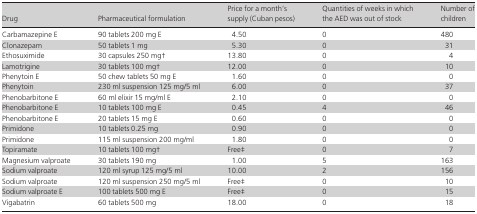
| Drug | Pharmaceutical formulation | Price for a month's supply (Cuban pesos) | Quantities of weeks in which the AED was out of stock | Number of children |
 | --- | --- | --- | --- | --- |
 | Carbamazepine E | 90 tablets 200 mg E | 4.50 | 0 | 480 |
 | Clonazepam | 50 tablets 1 mg | 5.30 | 0 | 31 |
 | Ethosuximide | 30 capsules 250 mg† | 13.80 | 0 | 4 |
 | Lamotrigine | 30 tablets 100 mg† | 12.00 | 0 | 10 |
 | Phenytoin E | 50 chew tablets 50 mg E | 1.60 | 0 | 0 |
 | Phenytoin | 230 ml suspension 125 mg/5 ml | 6.00 | 0 | 37 |
 | Phenobarbitone E | 60 ml elixir 15 mg/ml E | 2.10 | 0 | 0 |
 | Phenobarbitone E | 10 tablets 100 mg E | 0.45 | 4 | 46 |
 | Phenobarbitone E | 20 tablets 15 mg E | 0.60 | 0 | 0 |
 | Primidone | 10 tablets 0.25 mg | 0.90 | 0 | 0 |
 | Primidone | 115 ml suspension 200 mg/ml | 1.80 | 0 | 0 |
 | Topiramate | 10 tablets 100 mg† | Free‡ | 0 | 7 |
 | Magnesium valproate | 30 tablets 190 mg | 1.00 | 5 | 163 |
 | Sodium valproate | 120 ml syrup 125 mg/5 ml | 10.00 | 2 | 156 |
 | Sodium valproate | 120 ml suspension 250 mg/5 ml | Free‡ | 0 | 10 |
 | Sodium valproate E | 100 tablets 500 mg E | Free‡ | 0 | 15 |
 | Vigabatrin | 60 tablets 500 mg | 18.00 | 0 | 18 |